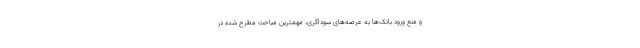
و منع ورود بانک‌ها به عرصه‌های سوداگری، مهمترین مباحث مطرح شده در